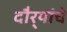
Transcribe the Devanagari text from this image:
दौर्‍यांचे